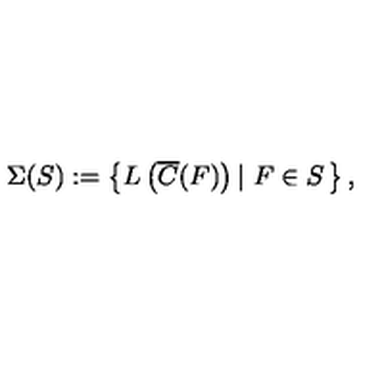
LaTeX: \Sigma ( S ) : = \left\{ L \left( \overline { { C } } ( F ) \right) \left| \ F \in S \right. \right\} ,